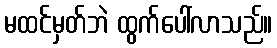
မထင်မှတ်ဘဲ ထွက်ပေါ်လာသည်။